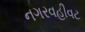
નગરવહીવટ